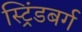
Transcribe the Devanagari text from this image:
स्ट्रिंडबर्ग